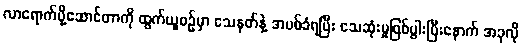
လာရောက်ပို့ဆောင်တာကို ထွက်ယူစဉ်မှာ သေနတ်နဲ့ အပစ်ခံရပြီး သေဆုံးမှုဖြစ်ပွါးပြီးနောက် အခုလို